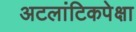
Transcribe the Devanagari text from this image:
अटलांटिकपेक्षा